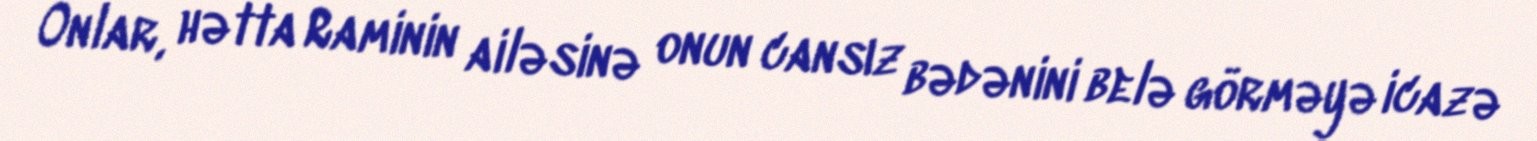
Onlar, hətta Raminin ailəsinə onun cansız bədənini belə görməyə icazə